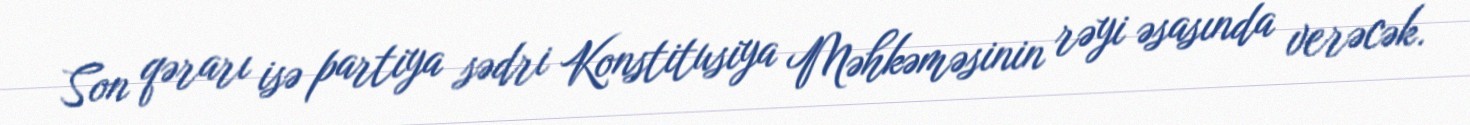
Son qərarı isə partiya sədri Konstitusiya Məhkəməsinin rəyi əsasında verəcək.